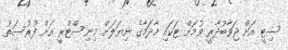
ސިޓީ އަށް ޖަވާބުދާރީ ވުމަށް ޓަކައި މާދަމާގެ ނިޔަލަށް މިނިސްްޓްރީ އަށް ފުރުސަތު